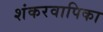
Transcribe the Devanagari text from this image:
शंकरवापिका